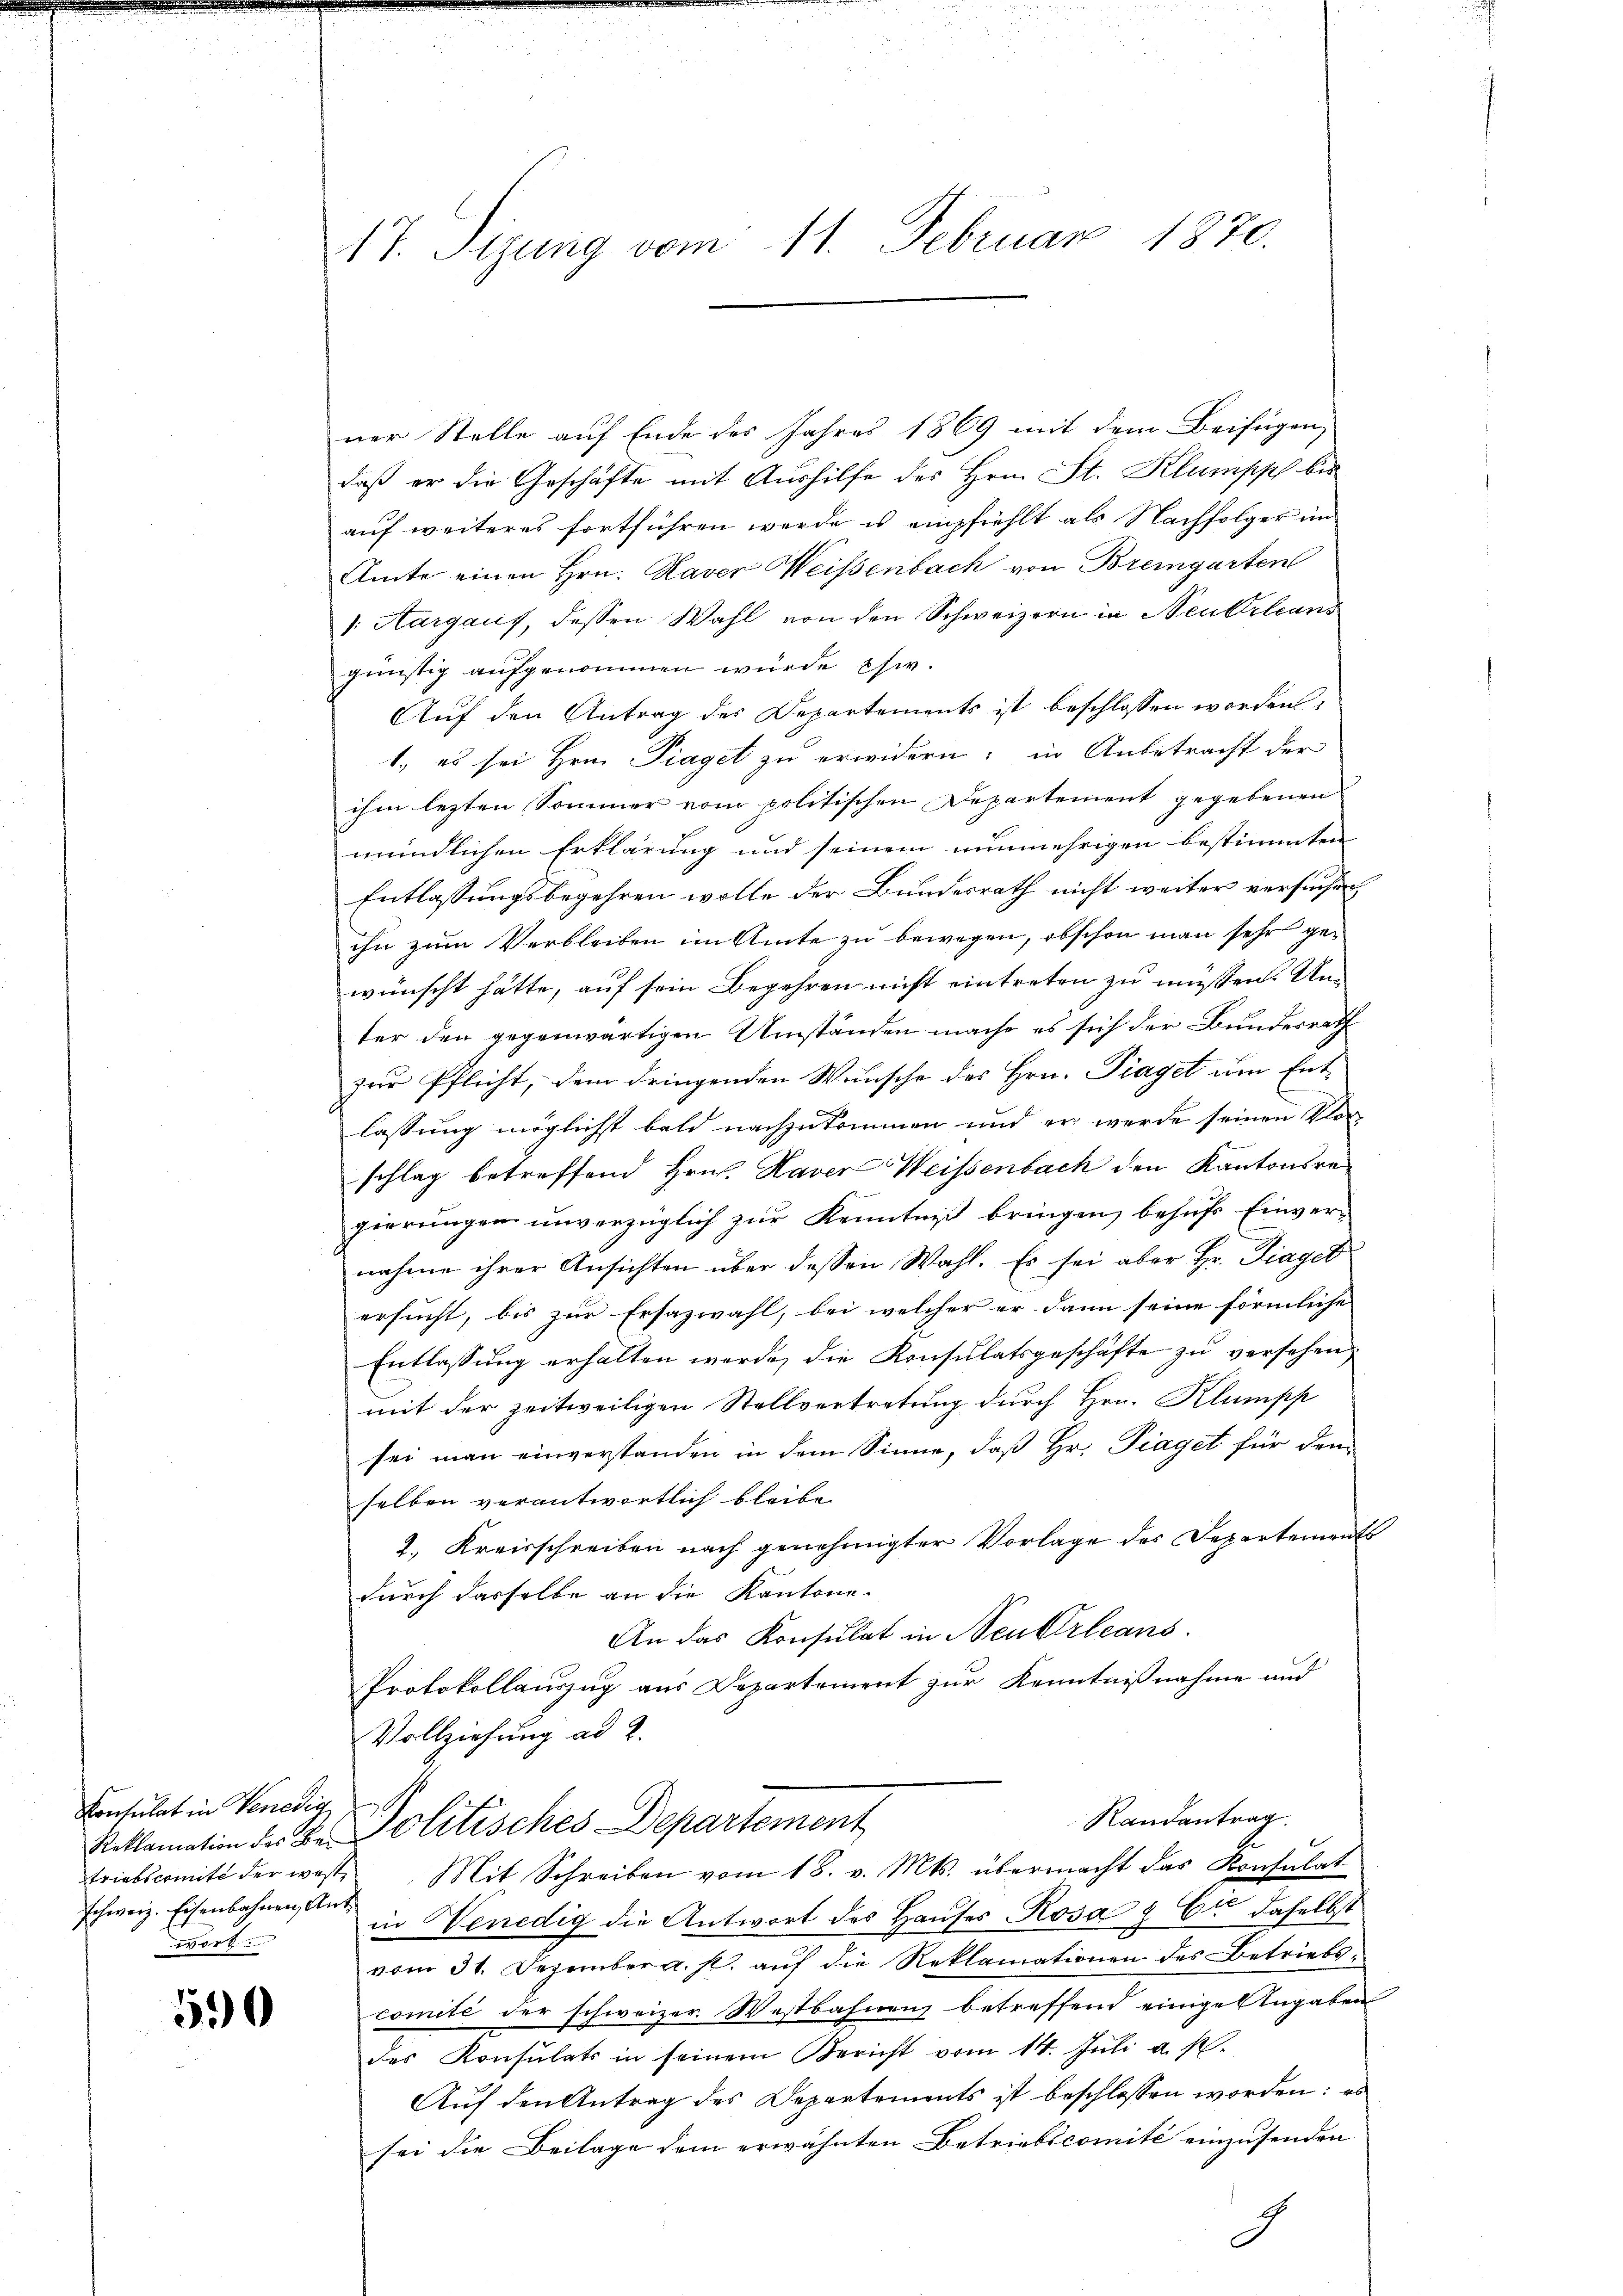
Konsulat in Venedig
schweiz. Eisenbahnen Ant
wort

590

17. Sizung vom 11. Februar 1870.

ner Stelle auf Ende des Jahres 1869 mit dem Beifügen,
daß er die Geschäfte mit Aushilfe des Hrn. St. Klumpph be
auf weiteres fortführen werde us empfiehlt als Nachfolger im
Amte einen Hrn. Haver Weisenbach von Bremgarten
". Aargaus, dessen Wahl von den Schweizern in Neukrleans
günstig aufgenommen wurde Esw.
Auf den Antrag des Departements ist beschlossen worden:
1., es sei Hrn. Piaget zu erwidern: in Anbetracht der
ihm lezten Sommer vom politischen Departement gegebenen
mündlichen Erklärung und seinem nunmehrigen bestimmten
Entlassungsbegehren wolle der Bundesrath nicht weiter versuchen,
ihn zum Verbleiben im Amte zu bewegen, obschon man sehr gewünscht hätte, auf sein Begehren nicht eintreten zu müssen. Un
ter den gegenwärtigen Umständen mache es sich der Bundesrath
zur Pflicht, dem dringenden Wunsche des Hrn. Traget um Entlassung möglichst bald nachzukommen und er werde seinen Kloschlag betreffend Hrn. Xaver Weissenbach den Kantonsregierungen unverzüglich zur Kenntniß bringen, behufs Einver-
nahme ihrer Ansichten über dessen Wahl. Es sei aber Hr. Fiaget
ersucht, bis zur Ersazwahl, bei welcher er dann seine förmliche
Entlassung erhalten werde, die Konsulatsgeschäfte zu versehen.
mit der zeitweiligen Stellvertretung durch Hrn. Klumpp
sei man einverstanden in dem Sinne, daß Hr. Piaget für dem
selben verantwortlich bleibe
2. Kreisschreiben nach genehmigter Vorlage des Departements
durch dasselbe an die Kantone.
An das Konsulat in Neukrleans
Protokollauszug aus Departement zur Kenntnißnahme und
Vollziehung ad 2.
Randantrag.
Reklamation der Dr. Politisches Departement
triebscomité der weste Mit Schreiben vom 18. v. Mts. übermacht das Konsulat
in Venedig die Antwort des Hauses Rosa & Cie daselbst
vom 31. Dezember a. p. aŭf die Reklamationen des Betriebscomité der schweizer. Wastbahnenz betreffend einige Angaben
des Konsulats in seinem Bericht vom 14. Juli a. p.
Auf den Antrag des Departements ist beschlossen worden: es
sei die Beilage dem erwähnten Betriebscomité einzusenden
.